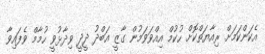
އެކަންކަމަށް ރިއާޔަތްކޮށް ހުކުމް އިއްވަވަމުން ގާޒީ އަބްދު ދީދީ ވިދާޅުވީ ހުމާމް ވެފައިވާ